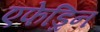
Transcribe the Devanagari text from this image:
एफेड्रिन